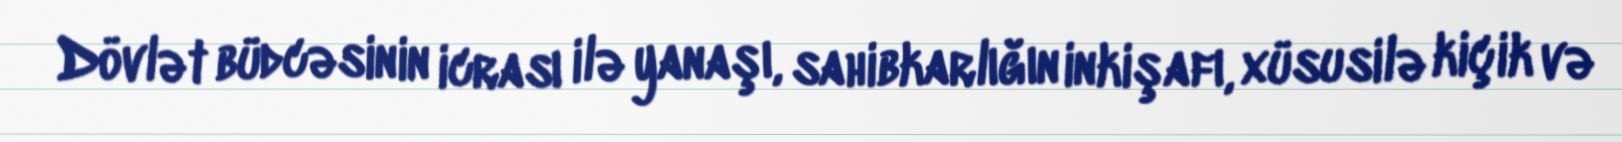
Dövlət büdcəsinin icrası ilə yanaşı, sahibkarlığın inkişafı, xüsusilə kiçik və